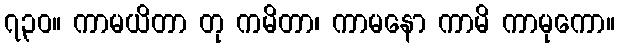
၇၃၀။ ကာမယိတာ တု ကမိတာ၊ ကာမနော ကာမိ ကာမုကော။